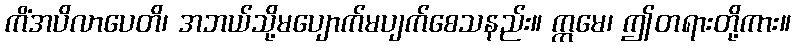
ကိံအပိလာပေတိ၊ အဘယ်သို့မပျောက်မပျက်စေသနည်း။ ဣမေ၊ ဤတရားတို့ကား။